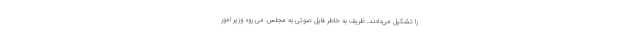
را تشکیل می‌دادند. ظریف به خاطر فایل صوتی به مجلس می رود وزیر امور